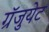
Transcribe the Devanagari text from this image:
ग्रॅजुयेट